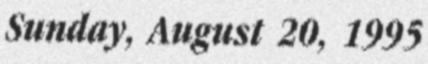
Sunday, August 20, 1995